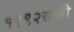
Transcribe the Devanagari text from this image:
१९९२साली